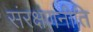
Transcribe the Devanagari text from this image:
संरक्षणनीति